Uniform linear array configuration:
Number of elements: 32
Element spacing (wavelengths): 0.25
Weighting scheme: hamming
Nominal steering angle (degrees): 60
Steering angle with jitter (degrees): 60.087
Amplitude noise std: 0.05
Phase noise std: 0.05

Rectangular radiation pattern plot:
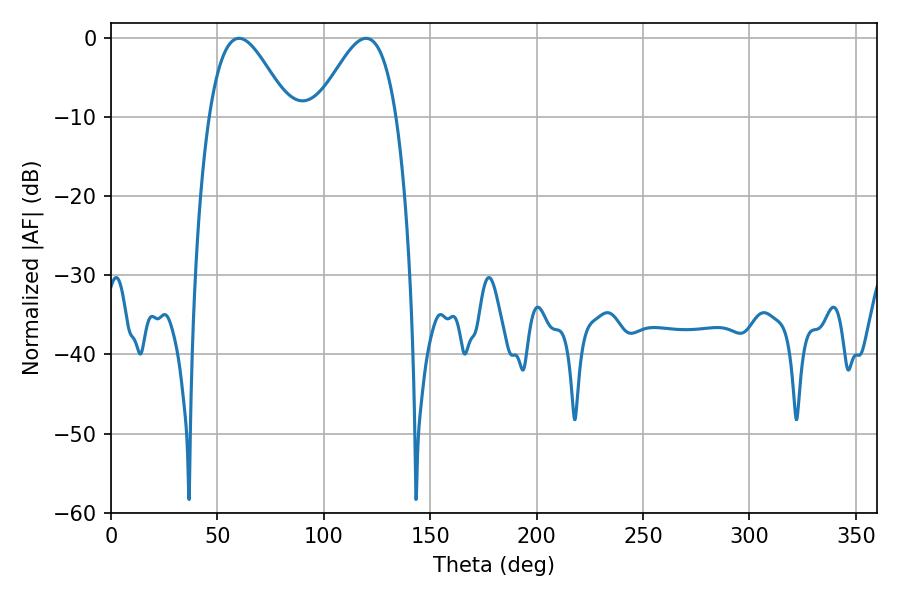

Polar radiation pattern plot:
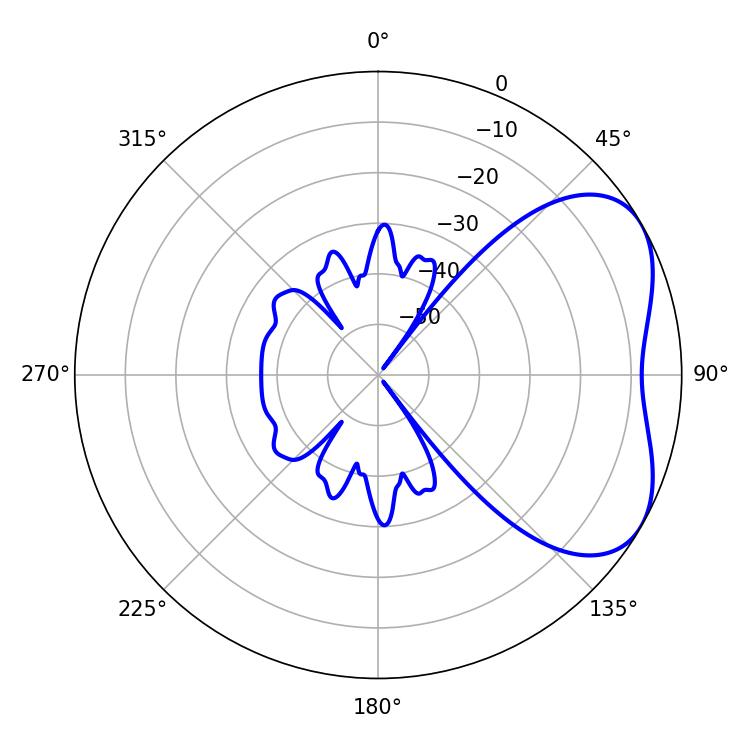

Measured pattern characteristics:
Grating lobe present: FALSE
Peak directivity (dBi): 4.531
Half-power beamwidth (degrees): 20.16
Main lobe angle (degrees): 60.12